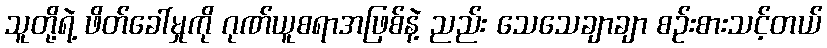
သူတို့ရဲ့ ဖိတ်ခေါ်မှုကို ဂုဏ်ယူစရာအဖြစ်နဲ့ ညည်း သေသေချာချာ စဉ်းစားသင့်တယ်